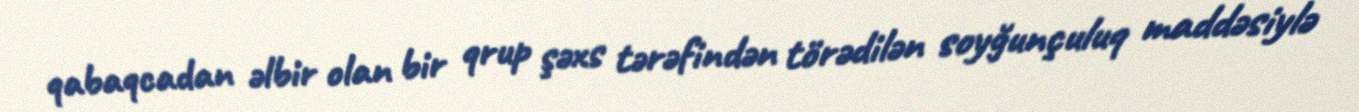
qabaqcadan əlbir olan bir qrup şəxs tərəfindən törədilən soyğunçuluq maddəsiylə